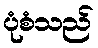
ပုံစံသည်